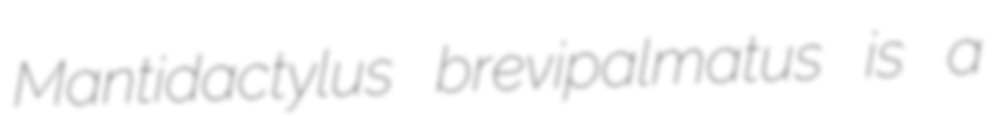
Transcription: Mantidactylus brevipalmatus is a